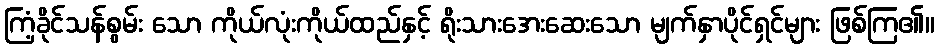
ကြံ့ခိုင်သန်စွမ်း သော ကိုယ်လုံးကိုယ်ထည်နှင့် ရိုးသားအေးဆေးသော မျက်နှာပိုင်ရှင်များ ဖြစ်ကြ၏။